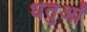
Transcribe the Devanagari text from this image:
धतुओं